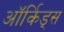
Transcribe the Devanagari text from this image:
ऑर्किड्स